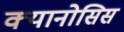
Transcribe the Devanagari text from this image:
क्यानोसिस